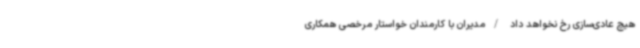
هیچ عادی‌سازی رخ نخواهد داد /مدیران با کارمندان خواستار مرخصی همکاری